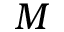
M